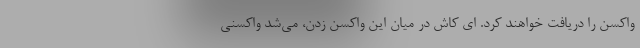
واکسن را دریافت خواهند کرد. ای کاش در میان این واکسن زدن، می‌شد واکسنی